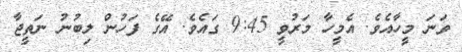
ވަނަ މީހާއެވެ. އެމީހާ މަރުވީ 9:45 ގައެވެ. އޭގެ ފަހުން ލިބުނު ނަތީޖާ